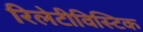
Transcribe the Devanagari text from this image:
रिलेटीविस्टिक